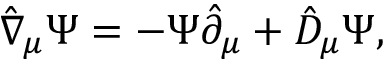
\hat { \nabla } _ { \mu } \Psi = - \Psi \hat { \partial } _ { \mu } + \hat { D } _ { \mu } \Psi ,